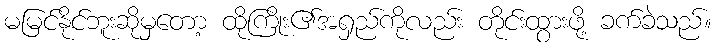
မမြင်နိုင်ဘူးဆိုမှတော့ ထိုကြိုး၏အရှည်ကိုလည်း တိုင်းထွားဖို့ ခက်ခဲသည်။